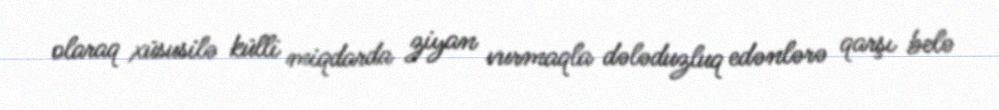
olaraq xüsusilə külli miqdarda ziyan vurmaqla dələduzluq edənlərə qarşı belə